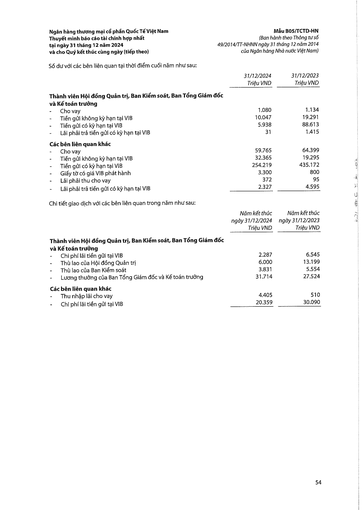
||31/12/2024 Triệu VND|31/12/2023 Triệu VND| |---|---|---| |Thành viên Hội đồng Quản trị, Ban Kiểm soát, Ban Tổng Giám đốc và Kế toán trưởng||| |- Cho vay|1.080|1.134| |- Tiền gửi không kỳ hạn tại VIB|10.047|19.291| |- Tiền gửi có kỳ hạn tại VIB|5.938|88.613| |- Lãi phải trả tiền gửi có kỳ hạn tại VIB|31|1.415| |Các bên liên quan khác||| |- Cho vay|59.765|64.399| |- Tiền gửi không kỳ hạn tại VIB|32.365|19.295| |- Tiền gửi có kỳ hạn tại VIB|254.219|435.172| |- Giấy tờ có giá VIB phát hành|3.300|800| |- Lãi phải thu cho vay|372|95| |- Lãi phải trả tiền gửi có kỳ hạn tại VIB|2.327|4.595| ||Năm kết thúc ngày 31/12/2024 Triệu VND|Năm kết thúc ngày 31/12/2023 Triệu VND| |---|---|---| |Thành viên Hội đồng Quản trị, Ban Kiểm soát, Ban Tổng Giám đốc và Kế toán trưởng||| |- Chi phí lãi tiền gửi tại VIB|2.287|6.545| |- Thù lao của Hội đồng Quản trị|6.000|13.199| |- Thù lao của Ban Kiểm soát|3.831|5.554| |- Lương thưởng của Ban Tổng Giám đốc và Kế toán trưởng|31.714|27.524| |Các bên liên quan khác||| |- Thu nhập lãi cho vay|4.405|510| |- Chi phí lãi tiền gửi tại VIB|20.359|30.090|